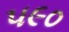
૫૯૦